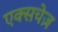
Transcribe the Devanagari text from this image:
एक्सचेज़